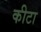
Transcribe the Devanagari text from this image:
कीटा